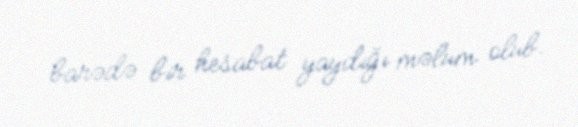
barədə bir hesabat yaydığı məlum olub.